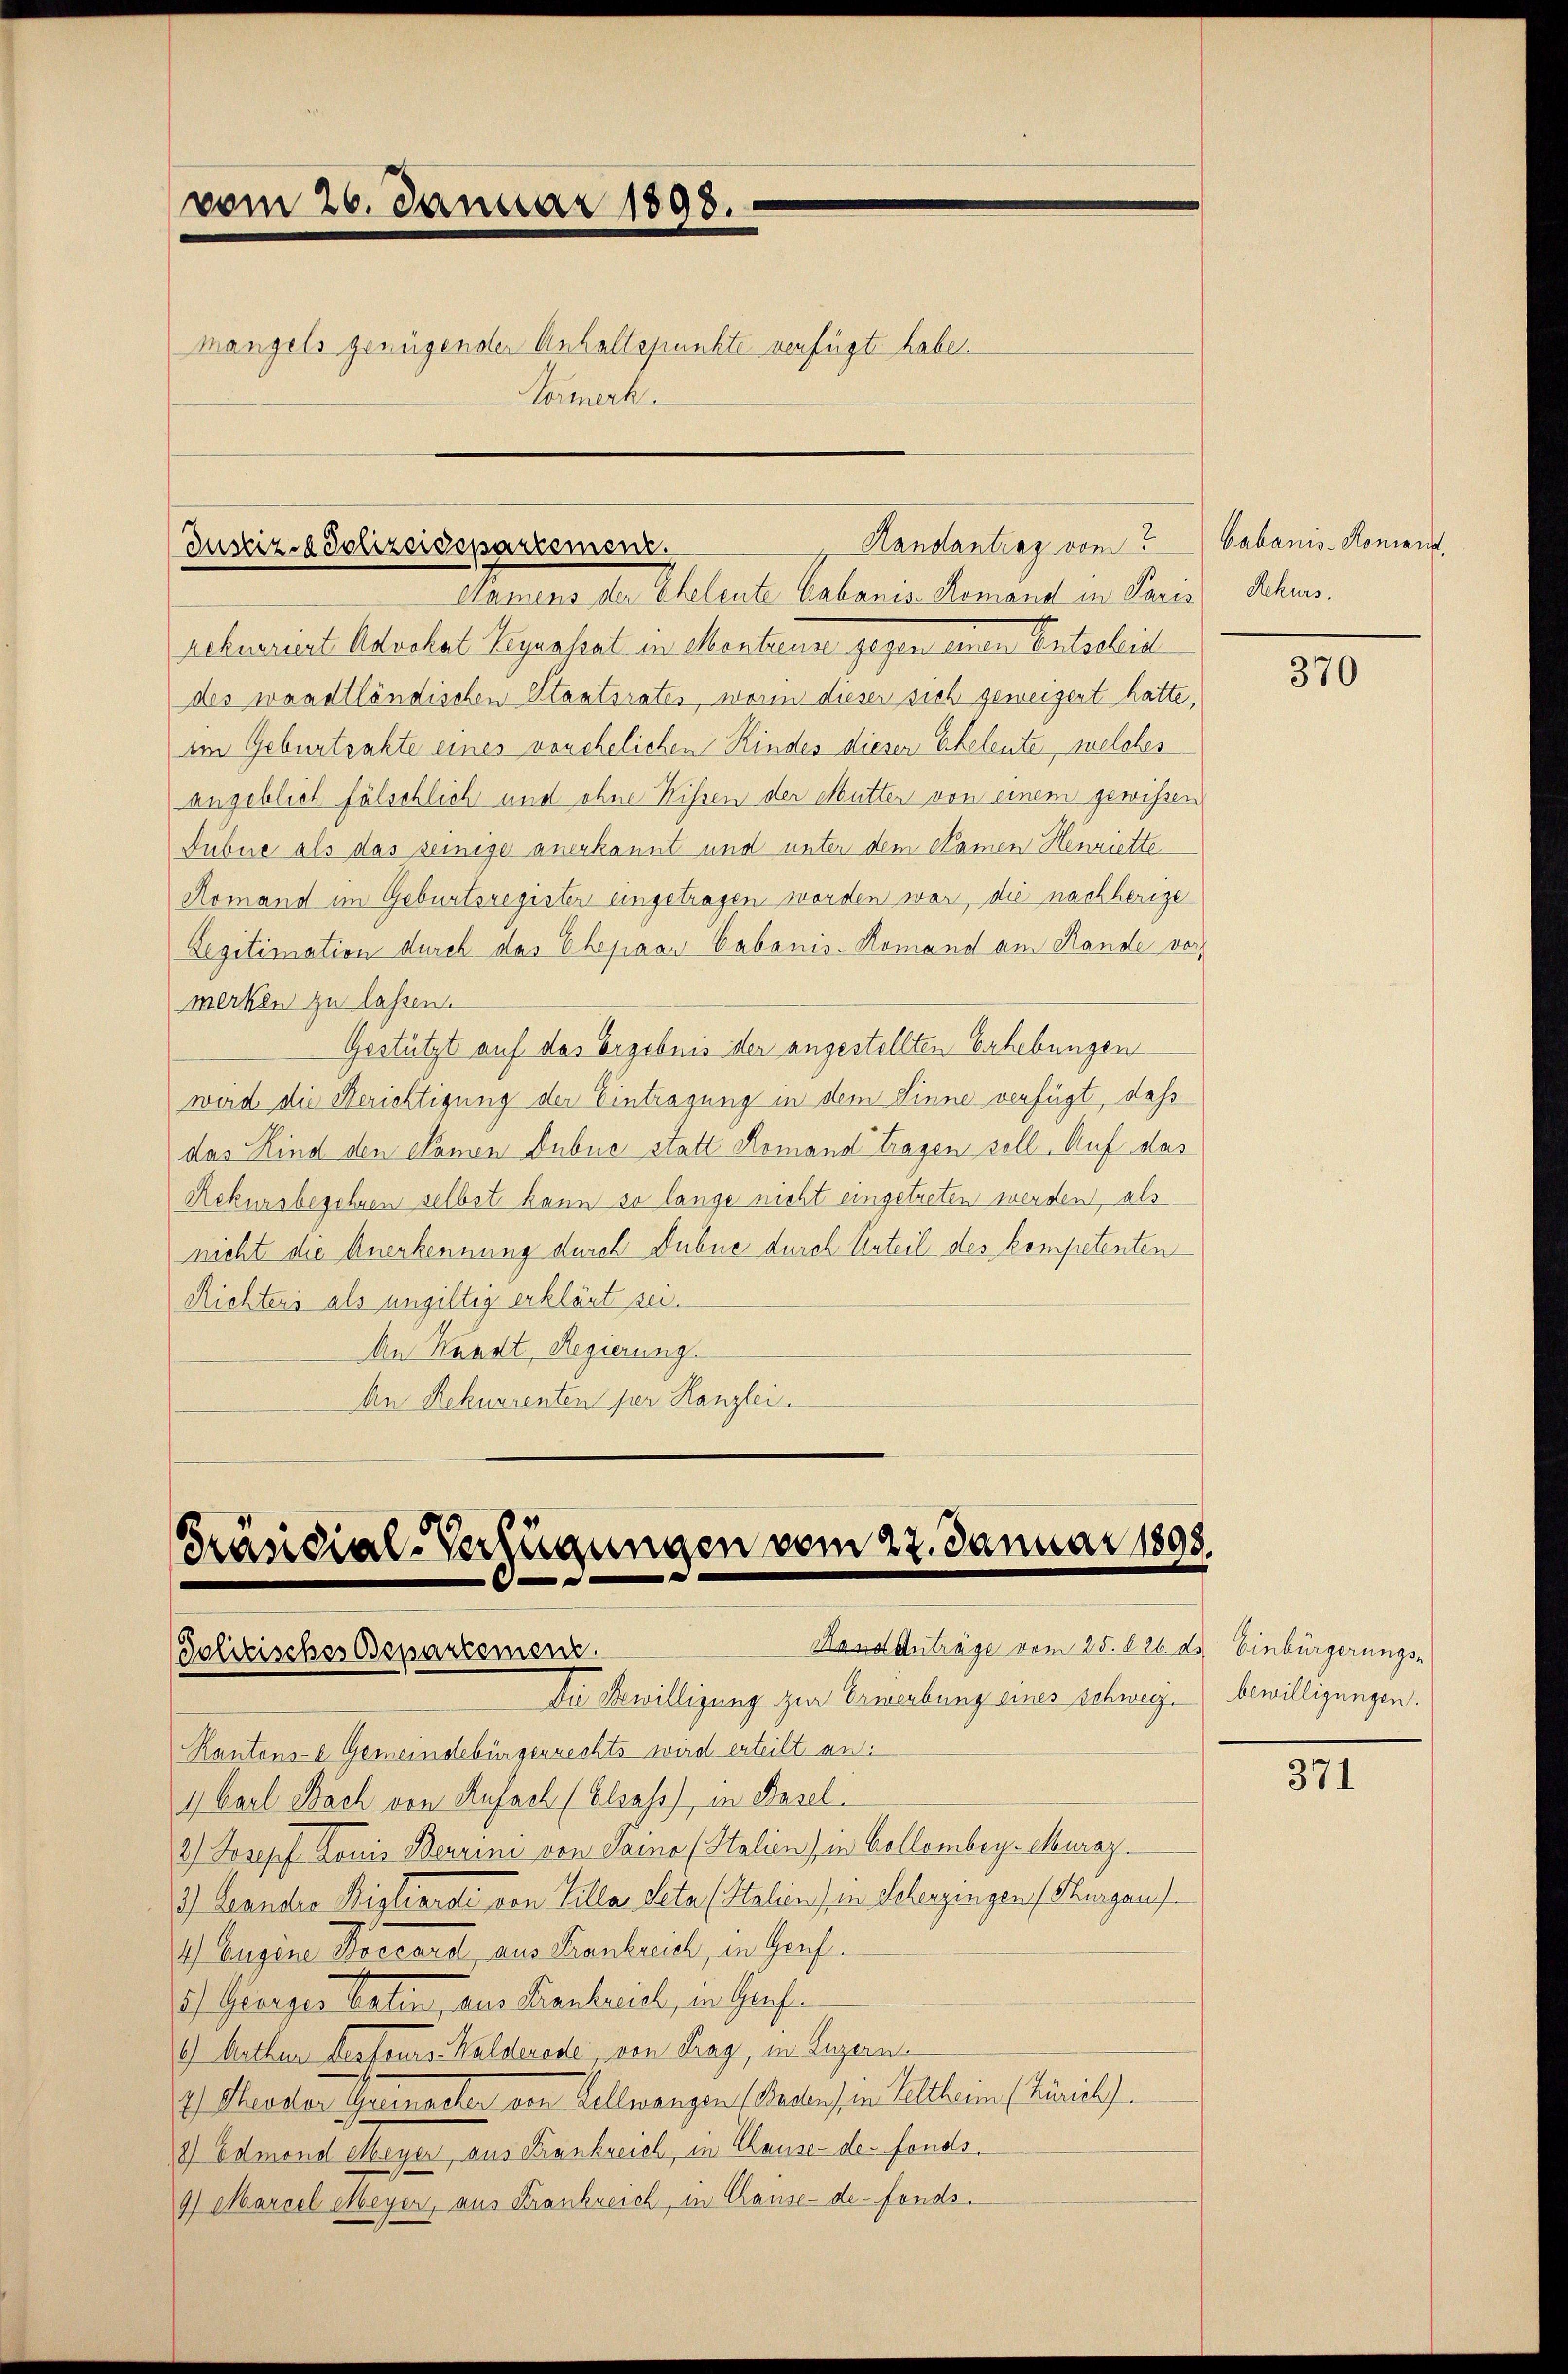
vom 26. Januar 1898.
mangels genügender Anhaltspunkte verfügt habe.
ormerk

Namens der Eheleute Cabanis-Komand in Paris
rekerrent Adechal beynasat in Mentende gegen einen Entscheid
des waadtländischen Staatsrates, worin dieser sich gemeigent hatte,
im Geburtsakte eines vorehelichen Kindes diesen Eheleute, welches
angeblich fälschlich und ohne Wissen der Mutter von einem gewissen
Fubue als das seinige anerkannt und unter dem Namen Henriette
Romand im Geburtsregister eingetragen worden war, die nachherige
Legitimation durch das Ehepaar Cabanis-Komand am Stande vormerken zu lassen.
Gestützt auf das Ergebnis der angestellten Erhebungen
wird die Berichtigung der Eintragung in dem Sinne verfügt, daß
das Kind den Namen Aubne statt Romand tragen soll. Auf das
Rekursbegehren selbst kann so lange nicht eingetreten werden, als
nicht die Anerkennung durch Dubne durch Unteil des kompetenten
Richters als ungültig erklärt sei.
An Waadt, Regierung
An Rekurrenten per Kanzlei.

Kandantrag ein
Justiz- & Polizeidepartement.

Präsidial-Verfügungen vom 27. Januar 1898.
.
Hass Anträge vom 25. 826. ds. Einbürgerungs-
Politisches Departemenz.

Die Bewilligung zur Erwerbung eines schweiz. bewilligungen.
Kantons- Gemeindebürgerrechts wird erteilt an:
1 Carl Bach von Rufach (Elsass, in Basel.
1.) Joseph Louis Beurini von Saino (Stalien) in Collombey-Muraz
3) Landro Rigliares von Viller Peta (Staliens in Schenzingen Thurgau
4) Eugene Poccard, aus Frankreich, in Genf.
5.) Geiger Vatten, am Kanteil, in Grafen
1) Kathen derfenes Walderode, von Tag, in Luzern
1). Dieser Germacher von Kellmangen (Badens in Veltheien (Heils
8) Edmond Meyer, aus Frankreich, in Chause-de-Fonds.
9) Marcel Meyer, aus Frankreich, in Chause - de fonds.

Cabanis-Komand,
Rekurs.

370

371